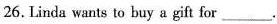
26. Linda wants to buy a gift for ___.